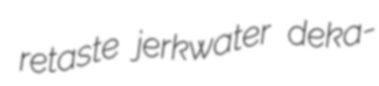
retaste jerkwater deka-